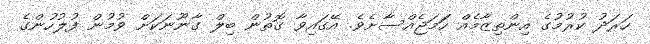
ހަރަދު ކުރުމުގެ އިންތިޒާމެއް ހަަމަޖެއްސާށެވެ. އޭގައިވާ ގޮތުން ބިލް ގާނޫނަަކަށް ވުމުން ފުލުހުންގެ